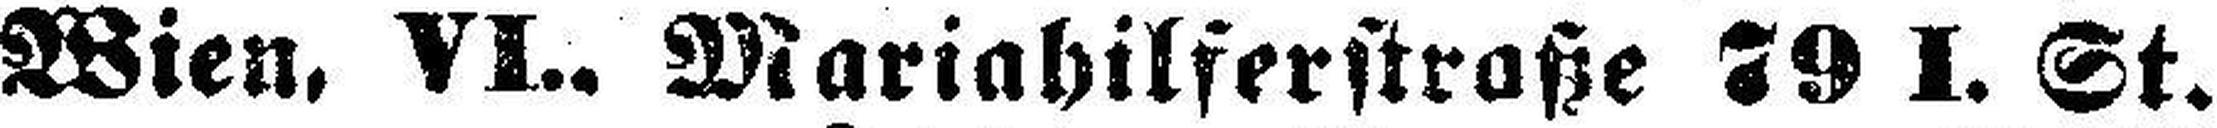
Wien, VI.. Mariahilferstraße 79 I. St.